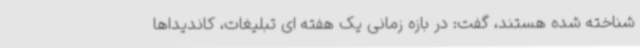
شناخته شده هستند، گفت: در بازه زمانی یک هفته ای تبلیغات، کاندیداها